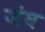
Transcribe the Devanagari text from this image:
जंघ